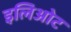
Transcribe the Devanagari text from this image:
इलिओट